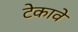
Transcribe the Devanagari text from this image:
टेकावे